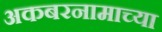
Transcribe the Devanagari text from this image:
अकबरनामाच्या